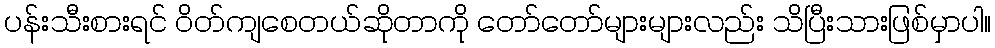
ပန်းသီးစားရင် ဝိတ်ကျစေတယ်ဆိုတာကို တော်တော်များများလည်း သိပြီးသားဖြစ်မှာပါ။